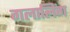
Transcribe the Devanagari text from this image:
गलालिंग